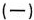
（一）